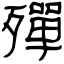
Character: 殫